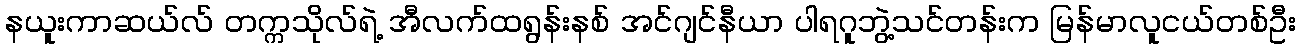
နယူးကာဆယ်လ် တက္ကသိုလ်ရဲ့ အီလက်ထရွန်းနစ် အင်ဂျင်နီယာ ပါရဂူဘွဲ့သင်တန်းက မြန်မာလူငယ်တစ်ဦး